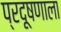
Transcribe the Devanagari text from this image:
प्रदूषणाला